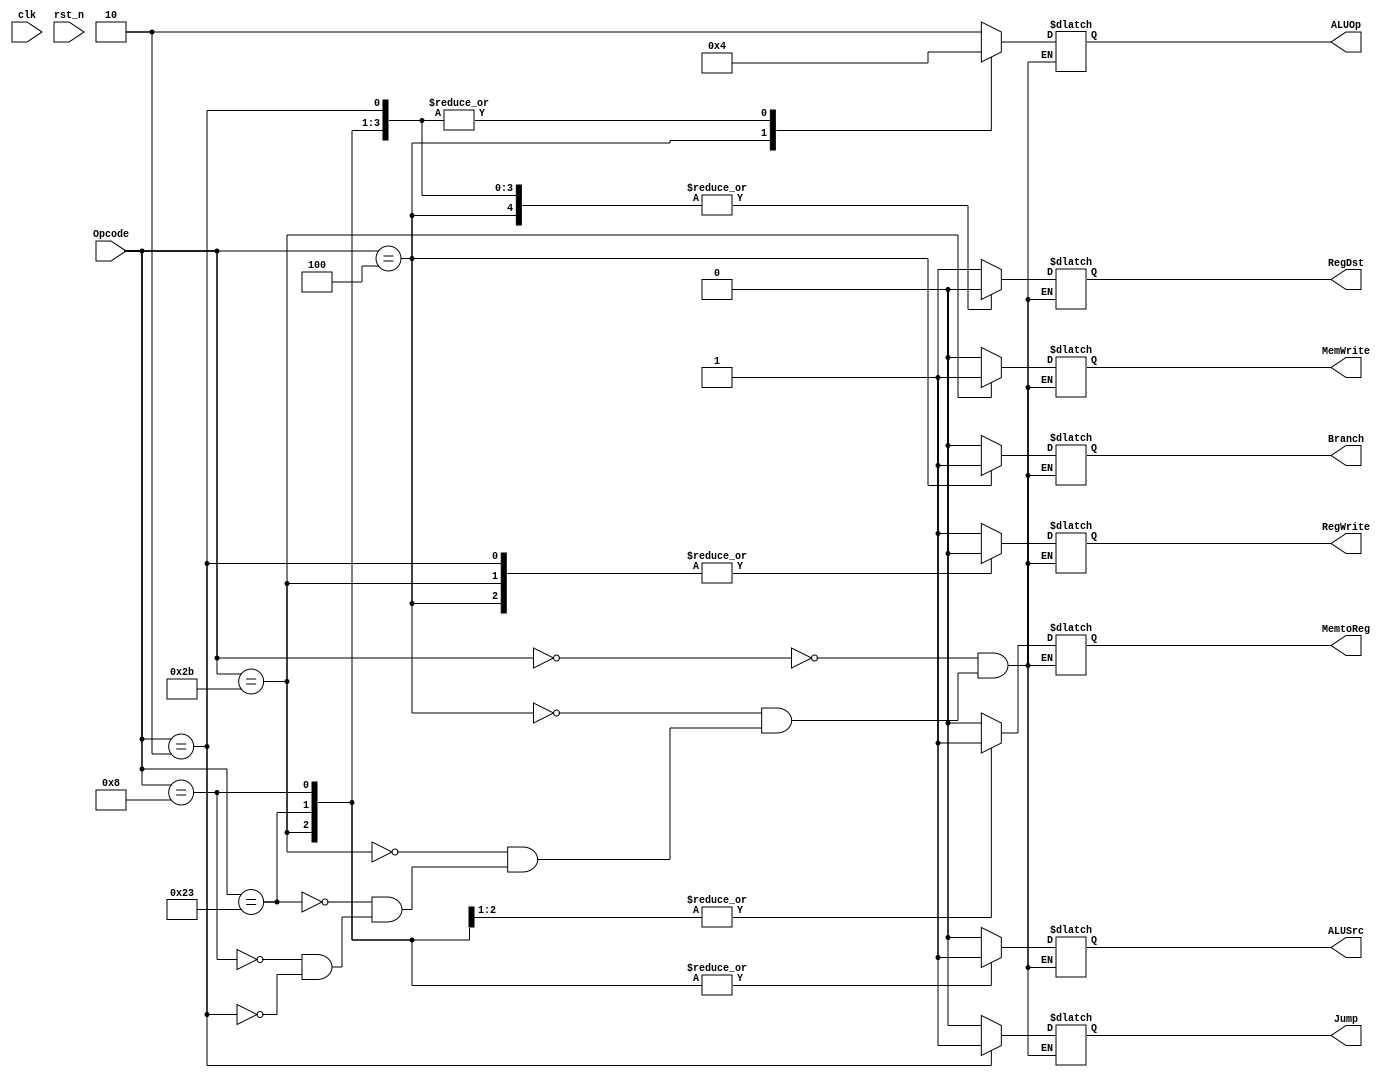
/*

	File name    : 
	LastEditors  : H
	LastEditTime : 2021-10-28 20:59:03
	Last Version : 1.0
	Description  : 
	
	----------------------------------------------------------------------------------------
	
	Author       : H
	Date         : 2021-10-28 20:59:02
	FilePath     : \MIPS_Single\Control_Unit.v
	Copyright 2021 H, All Rights Reserved. 

*/
module Control_Unit(
    // System Clock
    input        clk,
    input        rst_n,

    // User Interface
    output  reg [1:0]    ALUOp,
    output  reg     MemWrite,RegWrite,
    output  reg     RegDst,
    output  reg     MemtoReg,
    output  reg     ALUSrc,
    output  reg     Branch,
    output  reg     Jump,
    input   [5:0]   Opcode
);

always @(*) begin
    case (Opcode)
        // R type no Immediate Instruction
        6'b000000 : begin
            RegWrite = 1'b1;
            RegDst   = 1'b1;
            ALUSrc   = 1'b0;
            Branch   = 1'b0;
            MemWrite = 1'b0;
            MemtoReg = 1'b0;
            ALUOp    = 2'b10;
            Jump     = 1'b0;
        end
        // beq Instruction
        6'b000100 : begin
            RegWrite = 1'b0;
            RegDst   = 1'b0;    // dont care
            ALUSrc   = 1'b0;
            Branch   = 1'b1;    
            MemWrite = 1'b0;
            MemtoReg = 1'b0;    // dont care
            ALUOp    = 2'b01;
            Jump     = 1'b0;
        end
        // sw Instruction
        6'b101011 : begin
            RegWrite = 1'b0;
            RegDst   = 1'b0;
            ALUSrc   = 1'b1;
            Branch   = 1'b0;
            MemWrite = 1'b1;
            MemtoReg = 1'b1;
            ALUOp    = 2'b00;
            Jump     = 1'b0;
        end
        // lw Instruction
        6'b100011 : begin
            RegWrite = 1'b1;
            RegDst   = 1'b0;
            ALUSrc   = 1'b1;
            Branch   = 1'b0;
            MemWrite = 1'b0;
            MemtoReg = 1'b1;
            ALUOp    = 2'b00;
            Jump     = 1'b0;
        end
        // addi Instruction
        6'b001000 : begin
            RegWrite = 1'b1;
            RegDst   = 1'b0;
            ALUSrc   = 1'b1;
            Branch   = 1'b0;
            MemWrite = 1'b0;
            MemtoReg = 1'b0;
            ALUOp    = 2'b00;
            Jump     = 1'b0;
        end
        // J type Instruction
        6'b000010 : begin
            RegWrite = 1'b0;
            RegDst   = 1'b0;
            ALUSrc   = 1'b0;
            Branch   = 1'b0;
            MemWrite = 1'b0;
            MemtoReg = 1'b0;
            ALUOp    = 2'b00;
            Jump     = 1'b1;
        end
        default: ;
    endcase
end

endmodule